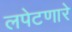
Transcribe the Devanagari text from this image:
लपेटणारे